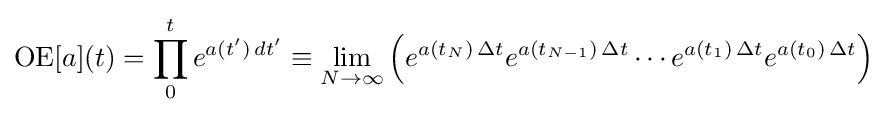
\operatorname {OE} [a](t)=\prod _{0}^{t}e^{a(t')\,dt'}\equiv \lim _{N\to \infty }\left(e^{a(t_{N})\,\Delta t}e^{a(t_{N-1})\,\Delta t}\cdots e^{a(t_{1})\,\Delta t}e^{a(t_{0})\,\Delta t}\right)